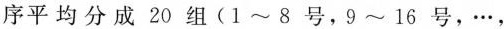
序平均分成20组(1~8号，9~16号，…，